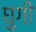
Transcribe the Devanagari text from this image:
घुगी